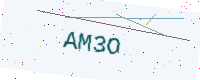
Text: AM3O